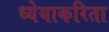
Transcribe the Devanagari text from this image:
ध्येयाकरिता